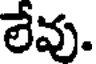
లేవు.